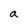
Character: a